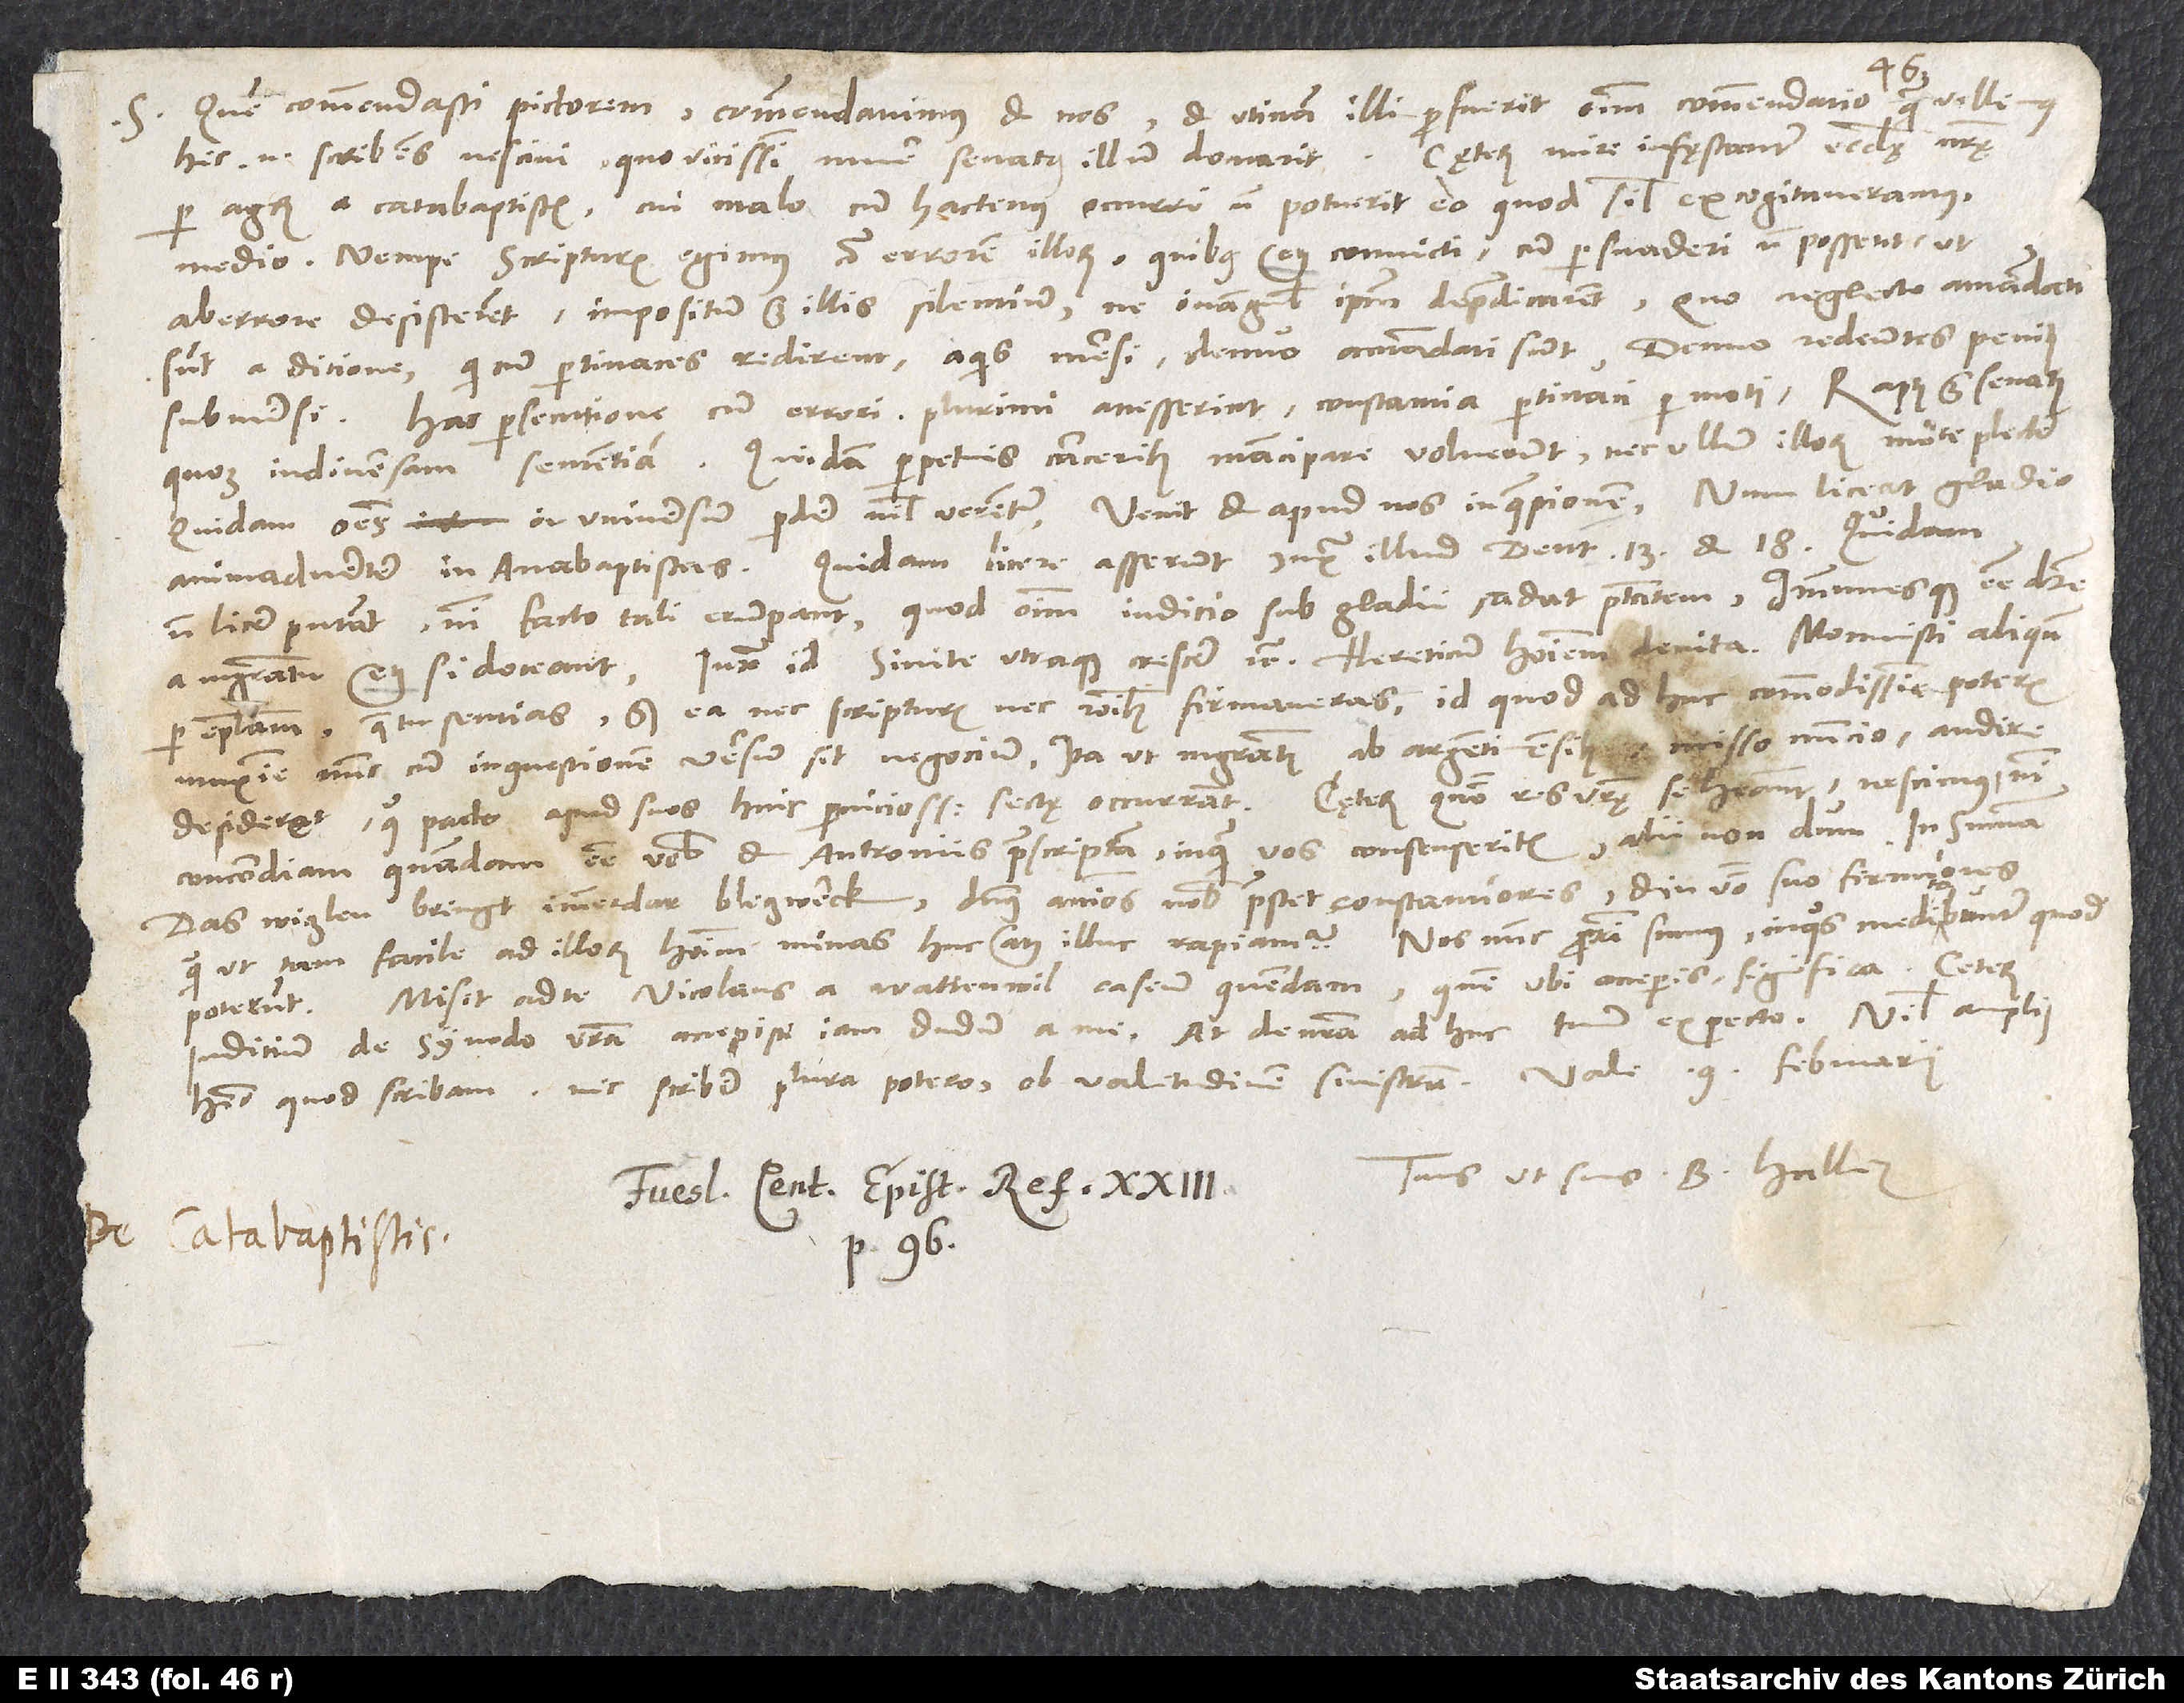
S.

Quem commendasti pictorem, commendavimus et nos, et utinam illi profuerit omnium commendatio, qua vellemus.
Cęterum mire infęstantur ecclesię nostrę
Hic enim scribens nescivi, quo vicissim munere senatus illum donarit.
per agrum a catabaptistis. Cui malo cum hactenus occurri non potuerit eo, quod simul excogitaveramus
medio - nempe scripturis egimus contra errorem illorum. Quibus etiam convicti cum persuaderi non possent, ut
ab errore desisterent, impositum est illis silentium, ne evangelium ipsum depraedicarent. Quo neglecto amandati
submersi Hac. persecutione cum errori plurimi accesserint, constantia pertinaci permoti, raptus est senatus
quoque in diversam sententiam. Quidam perpetuis carceribus mancipare voluerunt nec ullum illorum morte plectere,
quidam omnes in universum perdere nihil verentur. Venit et apud nos in quaestionem, num liceat gladio
animadvertere in anabaptistas. Quidam licere asserunt iuxta illud Deut. 13 . Quidam
non licere putant, nisi facto tali erumpant, quod omnium iudicio sub gladii cadat potestatem, immunesque esse debere
per epistolam, quae tu sentias, sed ea nec scripturis nec rationibus firmaveras, id quod adhuc commodissime poteris,
maxime nunc, cum in questionem versum sit negocium, ita ut magistratus ab Argentmensibus misso nuncio audire
concordiam quandam esse vobis et Antroniis praescriptam, in quam vos consenseritis, alii nondum. In summa:
Das wiglen bringt immerdar bletzwerck. Dominus animos nobis praestet constantiores et in verbo suo firmiores,
quam ut tam facile ad illorum hominum minas huc atque illuc rapiamur. Nos nunc proximi sumus, in quos meditabuntur, quod
Misit ad te Nicolaus a Wattenwil caseum quendam. Quem ubi acceperis, significa. Cęterum
poterunt.
iudicium de synodo vestra accepisti iam dudum a me. At de nostra adhuc tuum expecto. Nihil amplius
nec scribere plura potero ob valetudinem sinistram.
habeo, quod scribam,